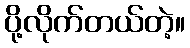
ပို့လိုက်တယ်တဲ့။